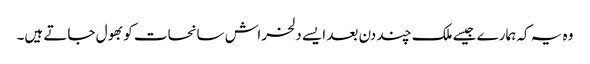
وہ یہ کہ ہمارے جیسے ملک چند دن بعد ایسے دلخراش سانحات کو بھول جاتے ہیں۔